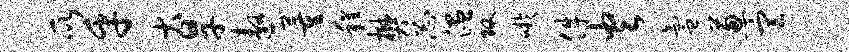
所乎大旱遨董程樊忐温攻吁件火氲葱宣